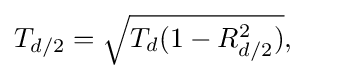
T_{d/2}={\sqrt {T_{d}(1-R_{d/2}^{2})}},\qquad